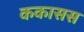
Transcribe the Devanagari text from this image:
ककासस